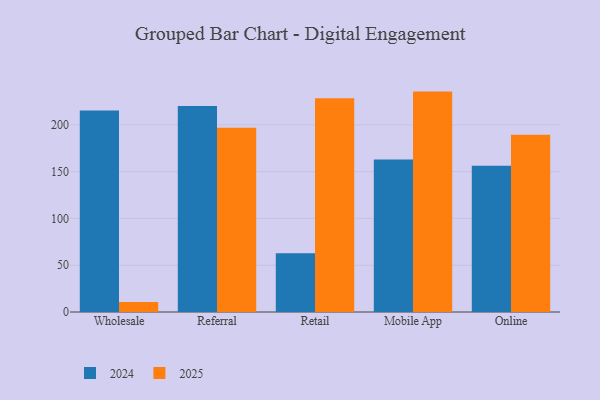
{"axis": {"x": "Channel", "y": "Revenue (USD Million)"}, "legend": ["2024", "2025"], "data": [{"x": "Wholesale", "y": 10.8, "type": "2025"}, {"x": "Wholesale", "y": 215.3, "type": "2024"}, {"x": "Referral", "y": 196.9, "type": "2025"}, {"x": "Referral", "y": 220.1, "type": "2024"}, {"x": "Retail", "y": 228.5, "type": "2025"}, {"x": "Retail", "y": 62.8, "type": "2024"}, {"x": "Mobile App", "y": 235.5, "type": "2025"}, {"x": "Mobile App", "y": 163.0, "type": "2024"}, {"x": "Online", "y": 189.5, "type": "2025"}, {"x": "Online", "y": 156.4, "type": "2024"}]}